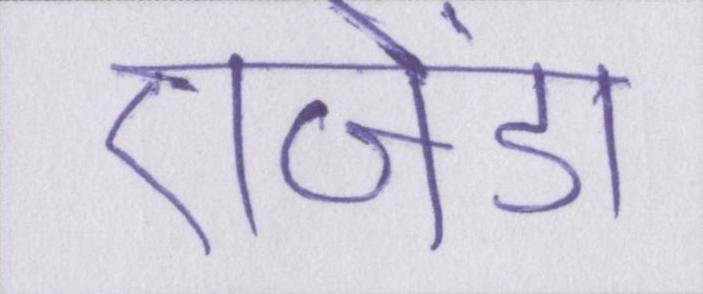
एजेंडा